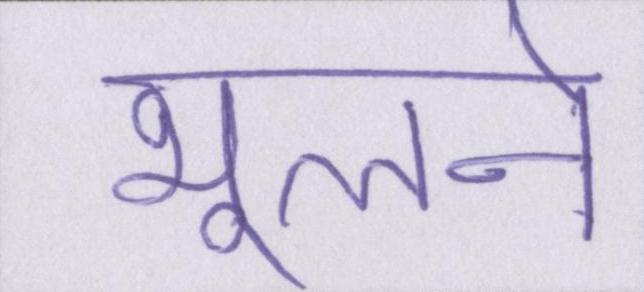
भूलने